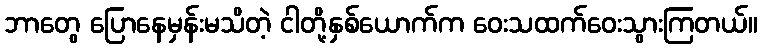
ဘာတွေ ပြောနေမှန်းမသိတဲ့ ငါတို့နှစ်ယောက်က ဝေးသထက်ဝေးသွားကြတယ်။